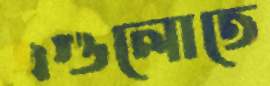
এগুলোতে